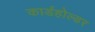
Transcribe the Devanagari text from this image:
कार्डहोल्डर